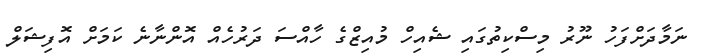
ނަމާދަށްފަހު ނޫރު މިސްކިތުގައި ޝެއިހް މުއިޒްގެ ހާއްސަ ދަރުހެއް އޮންނާނެ ކަމަށް އޮފިޝަލް